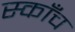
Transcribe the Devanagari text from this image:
स्काँच